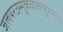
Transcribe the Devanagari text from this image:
जलयरउम्मुकजलपुण्णा।।